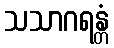
သသာဂရန္တံ